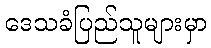
ဒေသခံပြည်သူများမှာ